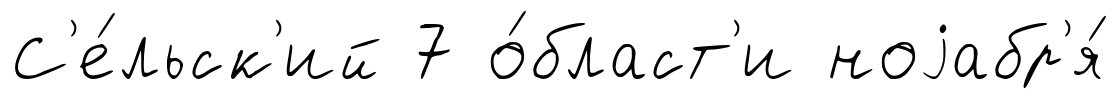
С'е́льск'ий 7 о́бласт'и ноjабр'я́